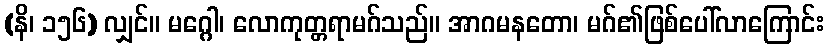
(နိ၊ ၁၅၆) လျှင်။ မဂ္ဂေါ၊ လောကုတ္တရာမဂ်သည်။ အာဂမနတော၊ မဂ်၏ဖြစ်ပေါ်လာကြောင်း